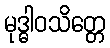
မုဒ္ဓါဝသိတ္တေ